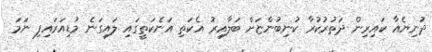
ދުނިޔެއާ ކައިރިން ދަތުރުކުރާ ކުނިބުންޏަށް ބަލާއިރު އެކަތި އަނެކަތީގައި ލައިގަނެ މުޑިއަރައިފި ނަމަ